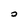
Character: o